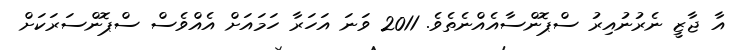
އާ ޖާޒީ ނެރުނުއިރު ސްޕޮންސާއެއްނެތެވެ. 2011 ވަނަ އަހަރާ ހަމައަށް އެއްވެސް ސްޕޮންސަރަކަށް